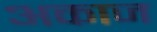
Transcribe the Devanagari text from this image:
अकाज